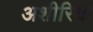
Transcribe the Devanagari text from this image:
अशीरिया